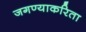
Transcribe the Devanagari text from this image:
जगण्याकरिता